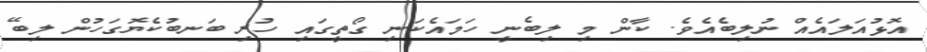
އޮޅުއަލައެއް ނުލިބެއެވެ. ކާން މި ލިބެނީ ހަމައެކަނި ގޯތީގައި ހުރި ބަނބުކެޔޮގަހުން ލިބޭ